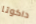
داكوتا